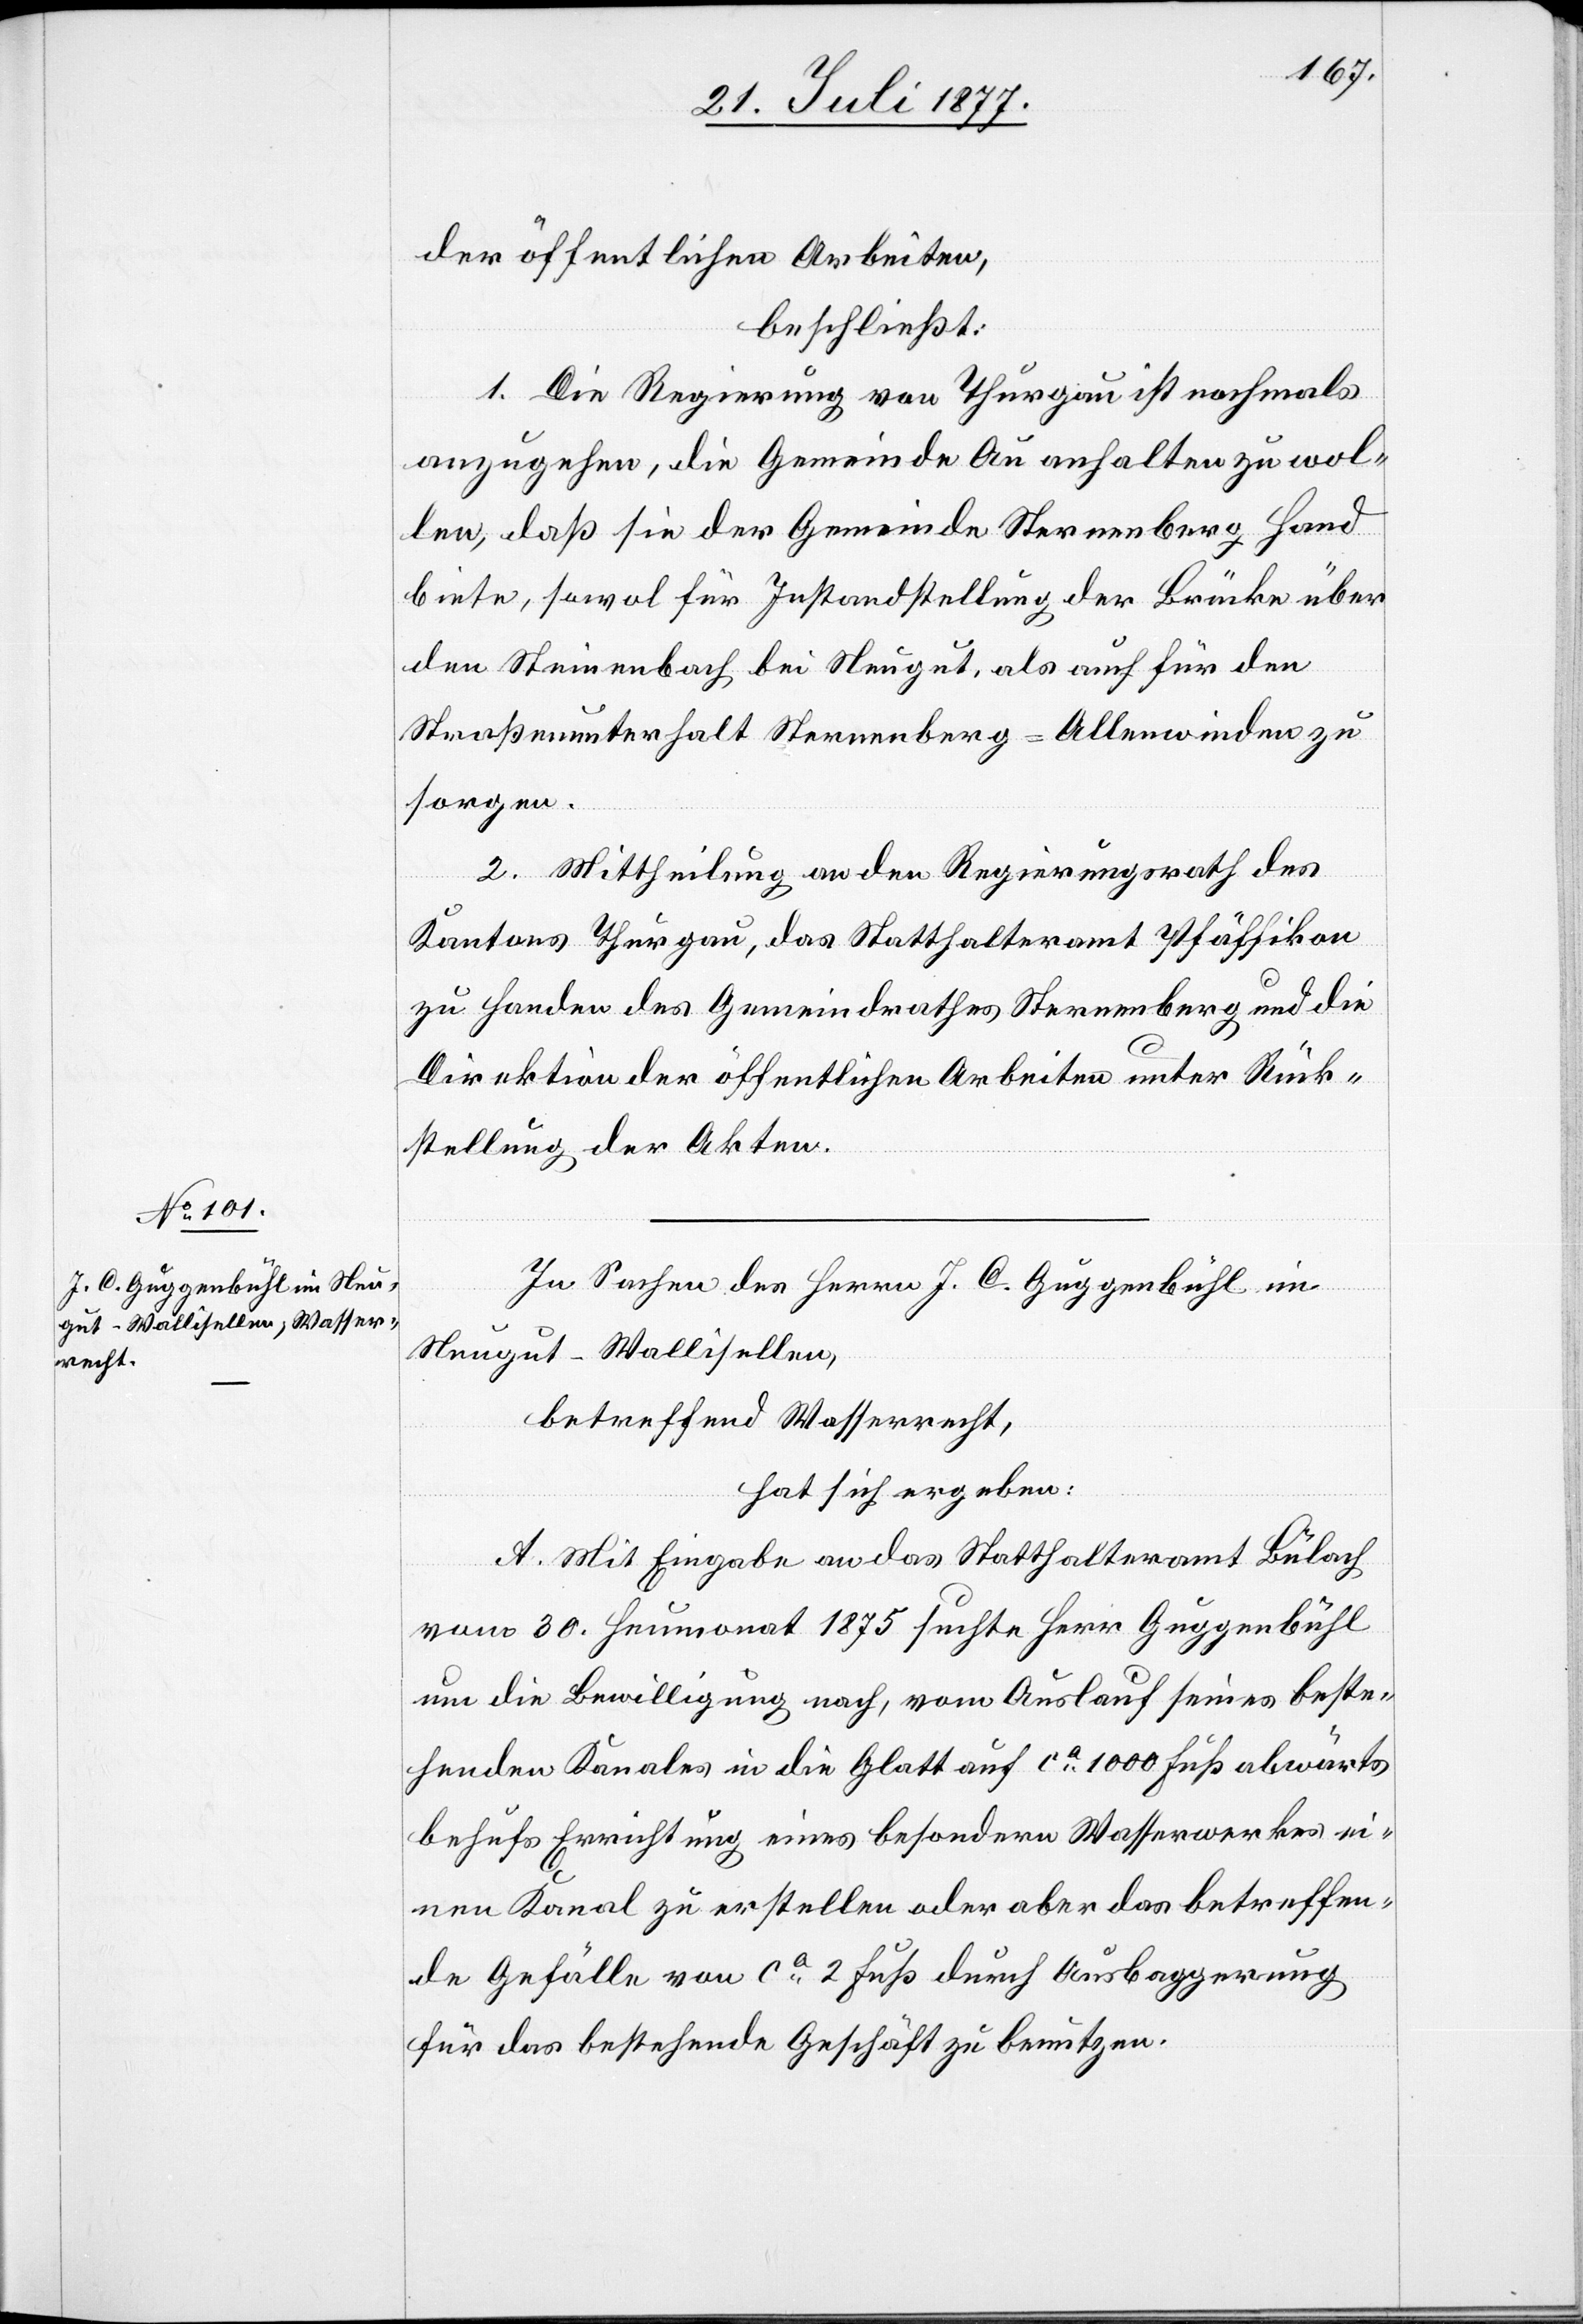
der öffentlichen Arbeiten,
beschließt:
1. Die Regierung von Thurgau ist nochmals
anzugehen, die Gemeinde Au anhalten zu wol¬
len, daß sie der Gemeinde Sternenberg Hand
biete, sowol für Instandstellung der Brücke über
den Steinenbach bei Neugut, als auch für den
Straßenunterhalt Sternenberg–Allenwinden zu
sorgen.
2. Mittheilung an den Regierungsrath des
Kantons Thurgau, das Statthalteramt Pfäffikon
zu Handen des Gemeindrathes Sternenberg und die
Direktion der öffentlichen Arbeiten unter Rück¬
stellung der Akten.
In Sachen des Herrn J. C. Guggenbühl im
Neugut - Wallisellen,
betreffend Wasserrecht,
hat sich ergeben:
A. Mit Eingabe an das Statthalteramt Bülach
vom 30. Heumonat 1875 suchte Herr Guggenbühl
um die Bewilligung nach, vom Auslauf seines beste¬
henden Kanales in die Glatt auf ca 1000 Fuß abwärts
behufs Errichtung eines besondern Wasserwerkes ei¬
nen Kanal zu erstellen oder aber das betreffen¬
de Gefälle von ca 2 Fuß durch Ausbaggerung
für das bestehende Geschäft zu benutzen.